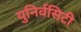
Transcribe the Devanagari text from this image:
युनिर्वसिटी